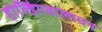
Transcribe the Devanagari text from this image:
होल्डिंगवालाधन